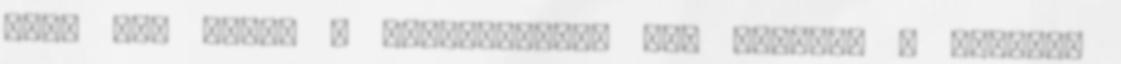
nyög fel Danny - Bemelegítés, meg ilyenek - hadarja